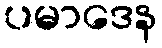
ပမာဒေန